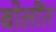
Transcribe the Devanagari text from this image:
बोलींत